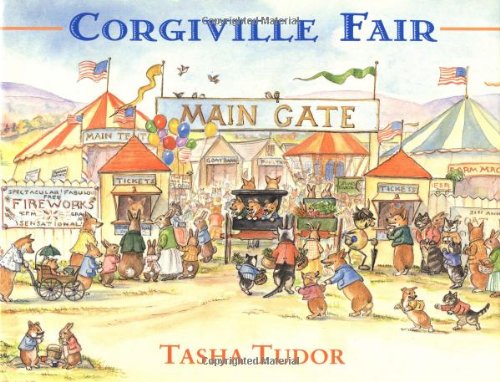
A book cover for Corgiville Fair; Tasha Tudor; Children's Books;